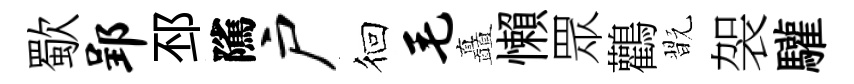
歜郢邳隲户徊毛矗懶眾鸛翫袈驩